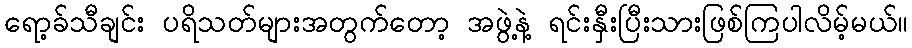
ရော့ခ်သီချင်း ပရိသတ်များအတွက်တော့ အဖွဲ့နဲ့ ရင်းနှီးပြီးသားဖြစ်ကြပါလိမ့်မယ်။